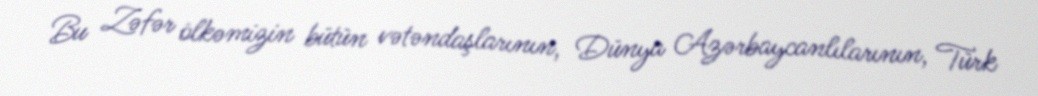
Bu Zəfər ölkəmizin bütün vətəndaşlarının, Dünya Azərbaycanlılarının, Türk